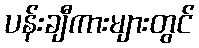
ပန်းချီကားများတွင်